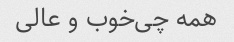
همه چی‌خوب‌ و عالی